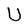
Character: U